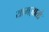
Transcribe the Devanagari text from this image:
यामज़ातो